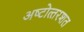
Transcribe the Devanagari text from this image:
अष्‍टोत्‍तरशत